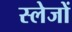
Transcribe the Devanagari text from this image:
स्लेजों